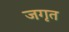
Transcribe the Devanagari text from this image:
जगृत